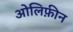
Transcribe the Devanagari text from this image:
ओलिफ़ीन